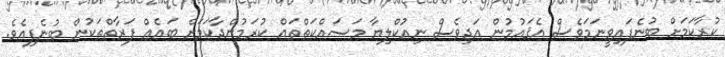
ކުރާކަމަށް ބުނެފައިވީނަމަވެސް އެޤައުމުން އަދިވެސް ނިއުކްލިޔާ މަސައްކަތްތައް ކުރަމުންދާކަމަށް ބައެއް ފަރާތްތަކުން ބުނެފިއެވެ.